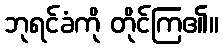
ဘုရင်ခံကို တိုင်ကြ၏။